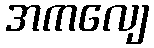
အကလျေ